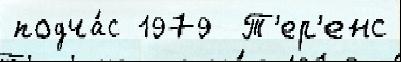
подча́с 1979  Т'ер'енс